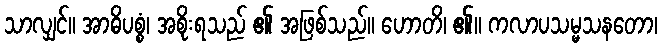
သာလျှင်။ အာဓိပစ္စံ၊ အစိုးရသည် ၏ အဖြစ်သည်။ ဟောတိ၊ ၏။ ကလာပသမ္မသနတော၊